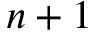
n + 1